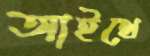
আইথে